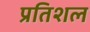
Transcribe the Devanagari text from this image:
प्रतिशल